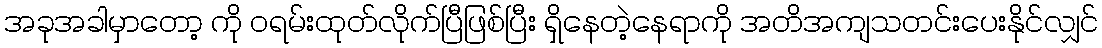
အခုအခါမှာတော့ ကို ဝရမ်းထုတ်လိုက်ပြီဖြစ်ပြီး ရှိနေတဲ့နေရာကို အတိအကျသတင်းပေးနိုင်လျှင်